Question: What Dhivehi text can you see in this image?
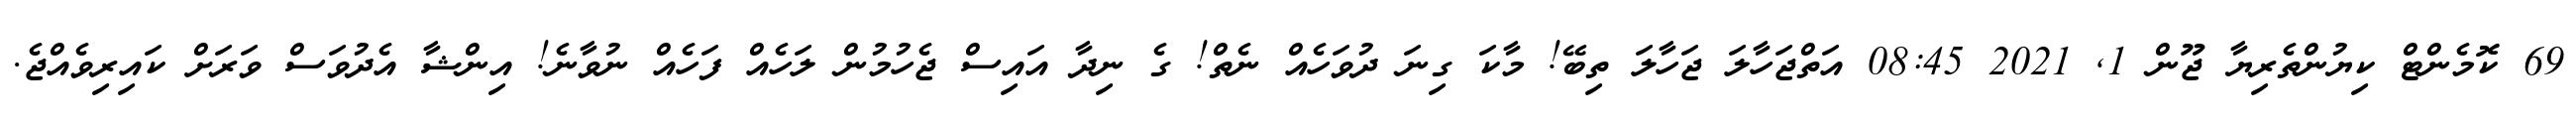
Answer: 69 ކޮމެންޓް ކިޔުންތެރިޔާ ޖޫން 1, 2021 08:45 އަތްޖަހާލަ ޖަހާލަ ތިބޭ! މާކަ ގިނަ ދުވަހެއް ނެތް! ގެ ނިދާ އައިސް ޖެހުމުން ލަހެއް ފަހެއް ނުވާނެ! އިންޝާ އެދުވަސް ވަރަށް ކައިރިވެއްޖެ.